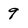
Character: 9